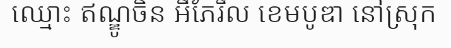
ឈ្មោះ ឥណ្ឌូចិន អឹភែរឹល ខេមបូឌា នៅស្រុក